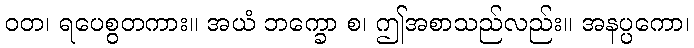
ဝတ၊ ရပေစွတကား။ အယံ ဘက္ခော စ၊ ဤအစာသည်လည်း။ အနပ္ပကော၊